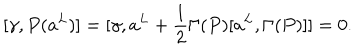
LaTeX: [ \gamma , P ( a ^ { L } ) ] = [ \gamma , a ^ { L } + \frac { 1 } { 2 } \Gamma ( P ) [ a ^ { L } , \Gamma ( P ) ] ] = 0 .